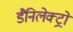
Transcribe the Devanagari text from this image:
डैनिलेक्ट्रो